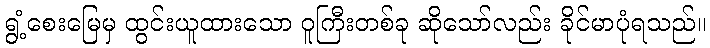
ရွံ့စေးမြေမှ ထွင်းယူထားသော ဝူကြီးတစ်ခု ဆိုသော်လည်း ခိုင်မာပုံရသည်။